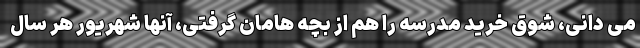
می دانی، شوق خرید مدرسه را هم از بچه هامان گرفتی، آنها شهریور هر سال